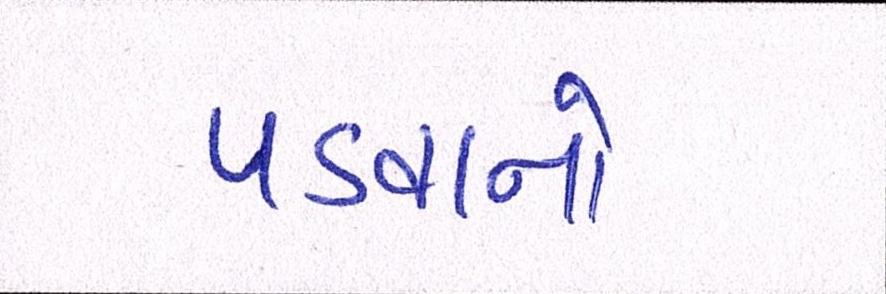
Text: પડવાનો